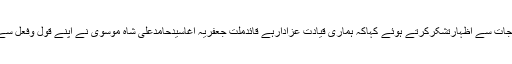
اختتام پربانی جلوس آغاسیدحامدجعفری نے تحریک نفاذفقہ جعفریہ اورذیلی شعبہ جات سے اظہارتشکرکرتے ہوئے کہاکہ ہماری قیادت عزادارہے قائدملت جعفریہ آغاسیدحامدعلی شاہ موسوی نے اپنے قول وفعل سے ثابت کیاہے کہ کٹ سکتے ہیں مرسکتے ہیں عزاداری پرآنچ نہیں آنے دیں گے۔